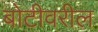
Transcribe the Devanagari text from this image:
बोटीवरील